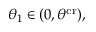
\theta _ { 1 } \in ( 0 , \theta ^ { \mathrm { c r } } ) ,